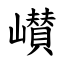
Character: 㠝